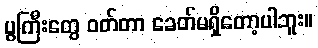
ပွကြီးတွေ ဝတ်တာ ခေတ်မရှိတော့ပါဘူး။